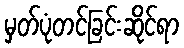
မှတ်ပုံတင်ခြင်းဆိုင်ရာ